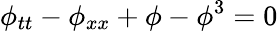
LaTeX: \phi_{tt}-\phi_{xx}+\phi-\phi^{3}=0